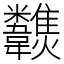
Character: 𩏶